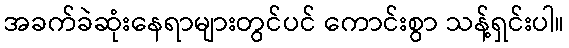
အခက်ခဲဆုံးနေရာများတွင်ပင် ကောင်းစွာ သန့်ရှင်းပါ။